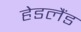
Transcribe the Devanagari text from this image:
हेडलैंड